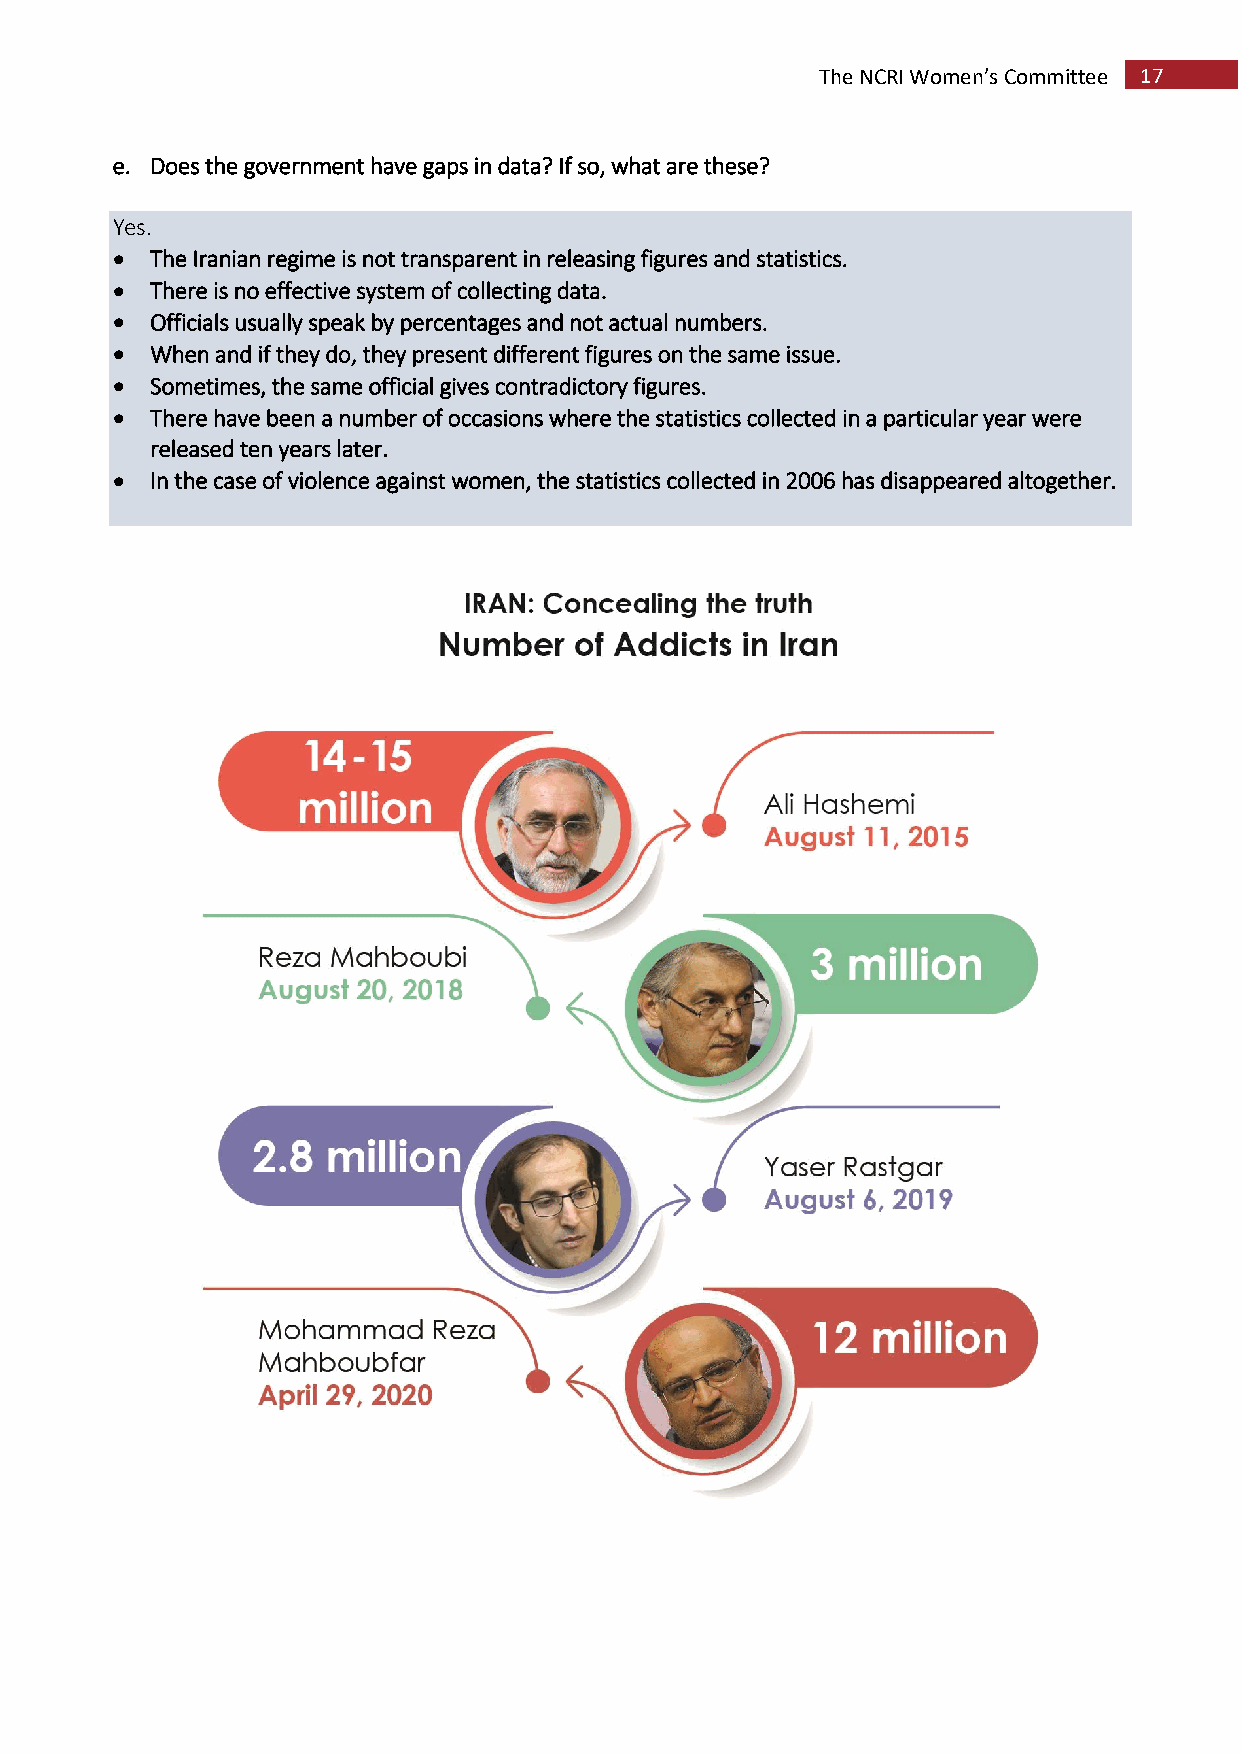
The NCRI Women’s Committee 17
 e. Does the government have gaps in data? If so, what are these?
 Yes.
   The Iranian regime is not transparent in releasing figures and statistics.
   There is no effective system of collecting data.
   Officials usually speak by percentages and not actual numbers.
   When and if they do, they present different figures on the same issue.
   Sometimes, the same official gives contradictory figures.
   There have been a number of occasions where the statistics collected in a particular year were
 released ten years later.
   In the case of violence against women, the statistics collected in 2006 has disappeared altogether.